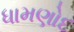
ધામણોદ